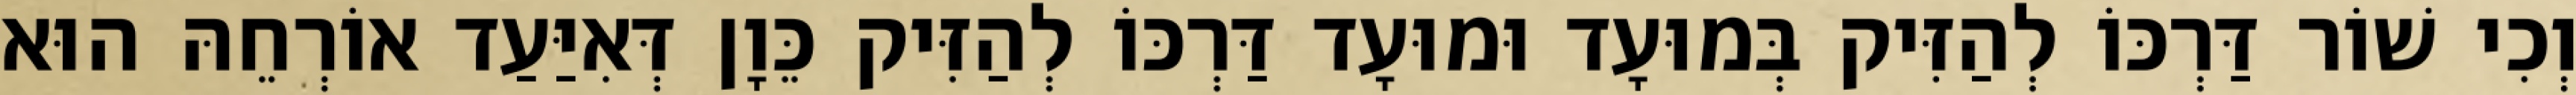
וְכִי שׁוֹר דַּרְכּוֹ לְהַזִּיק בְּמוּעָד וּמוּעָד דַּרְכּוֹ לְהַזִּיק כֵּוָן דְּאִיַּעַד אוֹרְחֵהּ הוּא